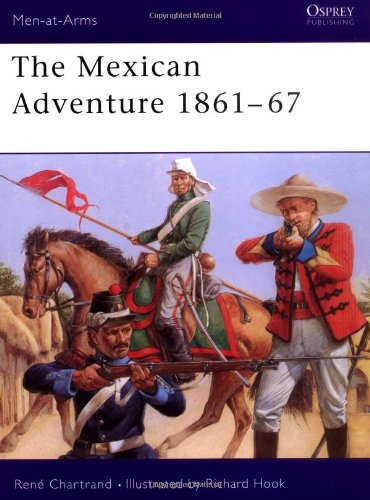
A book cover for The Mexican Adventure 1861-67 (Men-at-Arms); Rene Chartrand; History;